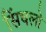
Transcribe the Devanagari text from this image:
सिंधलो